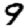
Digit: 9